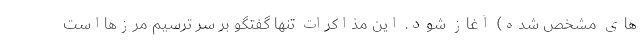
های مشخص شده) آغاز شود. این مذاکرات تنها گفتگو بر سر ترسیم مرزهااست